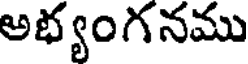
అభ్యంగనము